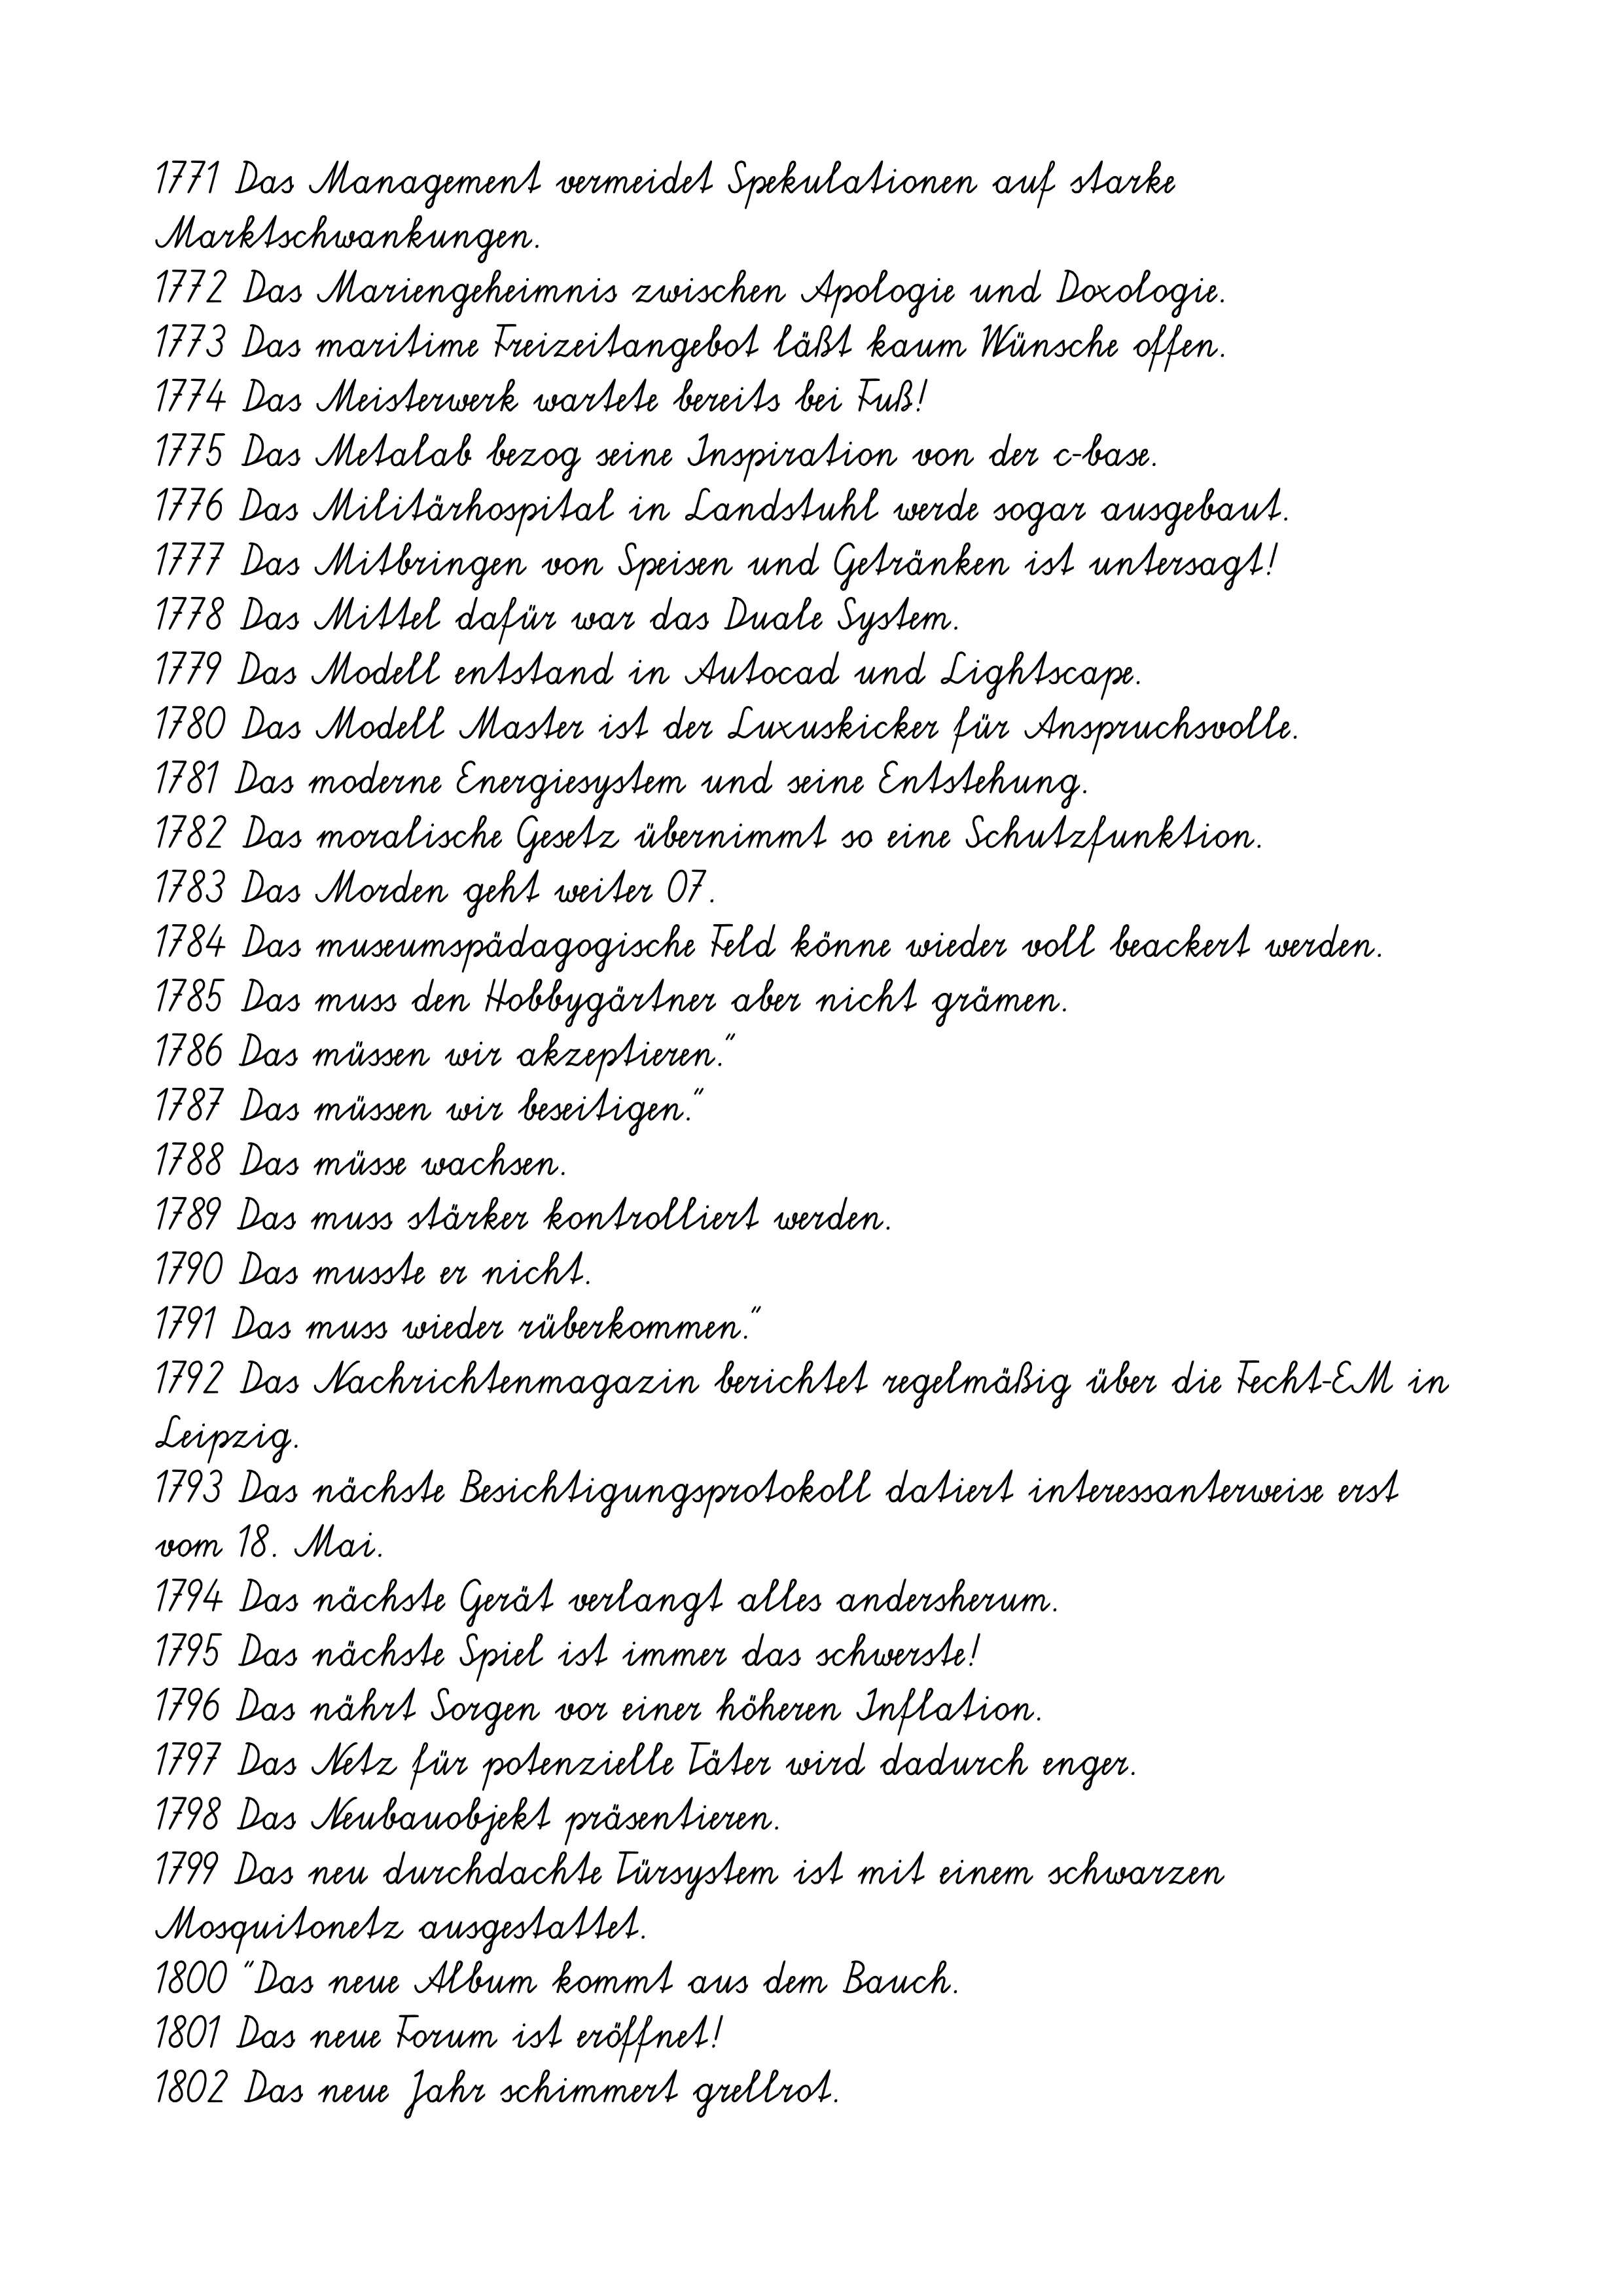
1771 Das Management vermeidet Spekulationen auf starke
Marktschwankungen.
1772 Das Mariengeheimnis zwischen Apologie und Doxologie.
1773 Das maritime Freizeitangebot läßt kaum Wünsche offen.
1774 Das Meisterwerk wartete bereits bei Fuß!
1775 Das Metalab bezog seine Inspiration von der c-base.
1776 Das Militärhospital in Landstuhl werde sogar ausgebaut.
1777 Das Mitbringen von Speisen und Getränken ist untersagt!
1778 Das Mittel dafür war das Duale System.
1779 Das Modell entstand in Autocad und Lightscape.
1780 Das Modell Master ist der Luxuskicker für Anspruchsvolle.
1781 Das moderne Energiesystem und seine Entstehung.
1782 Das moralische Gesetz übernimmt so eine Schutzfunktion.
1783 Das Morden geht weiter 07.
1784 Das museumspädagogische Feld könne wieder voll beackert werden.
1785 Das muss den Hobbygärtner aber nicht grämen.
1786 Das müssen wir akzeptieren."
1787 Das müssen wir beseitigen."
1788 Das müsse wachsen.
1789 Das muss stärker kontrolliert werden.
1790 Das musste er nicht.
1791 Das muss wieder rüberkommen."
1792 Das Nachrichtenmagazin berichtet regelmäßig über die Fecht-EM in
Leipzig.
1793 Das nächste Besichtigungsprotokoll datiert interessanterweise erst
vom 18. Mai.
1794 Das nächste Gerät verlangt alles andersherum.
1795 Das nächste Spiel ist immer das schwerste!
1796 Das nährt Sorgen vor einer höheren Inflation.
1797 Das Netz für potenzielle Täter wird dadurch enger.
1798 Das Neubauobjekt präsentieren.
1799 Das neu durchdachte Türsystem ist mit einem schwarzen
Mosquitonetz ausgestattet.
1800 "Das neue Album kommt aus dem Bauch.
1801 Das neue Forum ist eröffnet!
1802 Das neue Jahr schimmert grellrot.